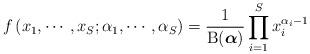
LaTeX: \begin{align*}f \left(x_1,\cdots, x_{S}; \alpha_1,\cdots, \alpha_S \right) = \frac{1}{\mathrm{B}(\boldsymbol\alpha)} \prod_{i=1}^S x_i^{\alpha_i - 1}\end{align*}